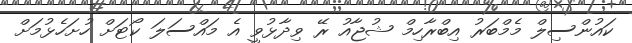
ކައުންސިލް މެމްބަރު އިބްރާހިމް ޝުޖާއު ރޭ ވިދާޅުވީ އެ މައްސަލަ ކޯޓަށް ހުށަހެޅުމަށް